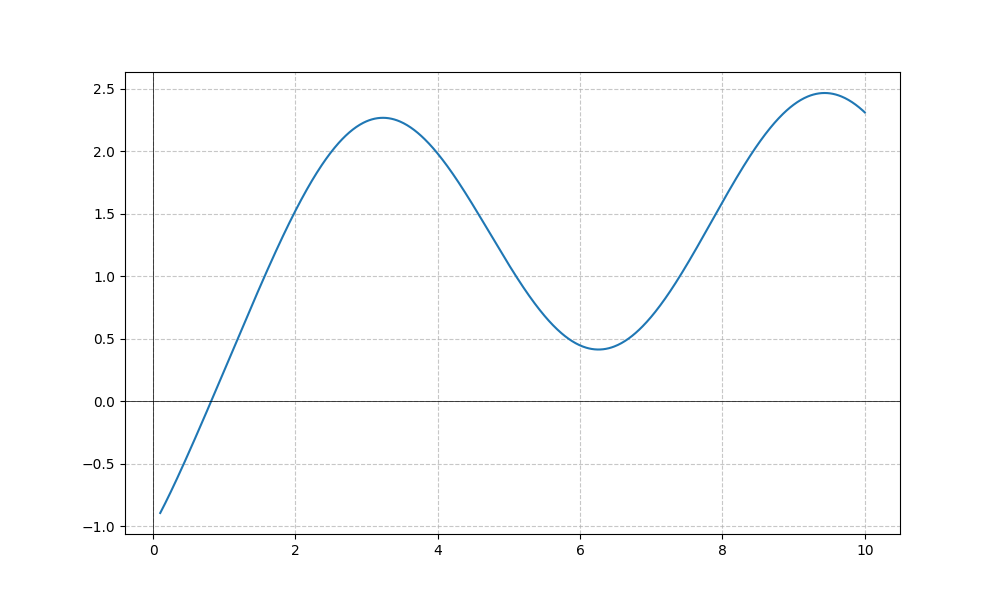
LaTeX formula: - \cos{\left(x \right)} + \operatorname{atan}{\left(x \right)}